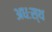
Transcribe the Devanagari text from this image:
अधःस्थ